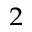
_ 2